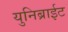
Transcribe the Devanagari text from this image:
युनिब्राईट